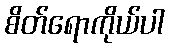
စိတ်ရောကိုယ်ပါ